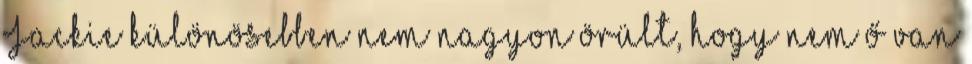
Jackie különösebben nem nagyon örült, hogy nem ő van